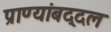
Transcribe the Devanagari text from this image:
प्राण्यांबद्दल